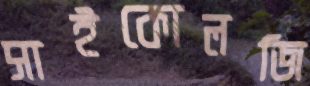
সাইকোলজি